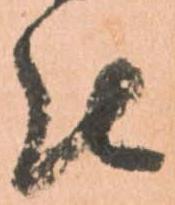
被